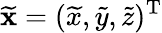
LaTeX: \widetilde{{\mathbf x}}=(\widetilde{x},\widetilde{y},\widetilde{z})^{{\mathrm T}}